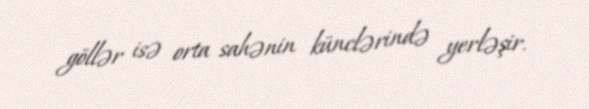
göllər isə orta sahənin künclərində yerləşir.